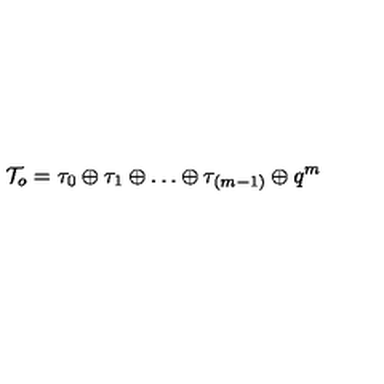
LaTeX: { \cal T } _ { o } = \tau _ { 0 } \oplus \tau _ { 1 } \oplus \ldots \oplus \tau _ { ( m - 1 ) } \oplus q ^ { m }